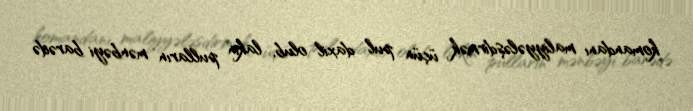
komandanı maliyyələşdirmək üçün pul daxil olub, lakin pulların mənbəyi barədə